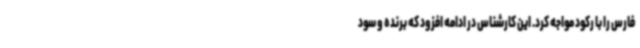
فارس را با رکود مواجه کرد. این کارشناس در ادامه افزود که برنده و سود